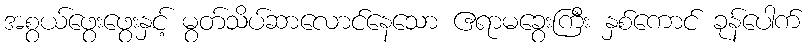
အစွယ်ဖွေးဖွေးနှင့် မွတ်သိပ်ဆာလောင်နေသော ဧရာမခွေးကြီး နှစ်ကောင် ခုန်ပေါက်